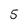
Character: 5